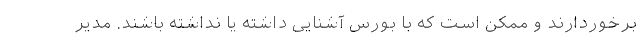
برخوردارند و ممکن است که با بورس آشنایی داشته یا نداشته باشند. مدیر